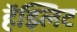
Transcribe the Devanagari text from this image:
हॅझ्लिट